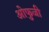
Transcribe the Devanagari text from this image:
ओफुजी